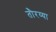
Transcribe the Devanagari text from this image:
तौरय्या